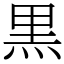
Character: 黒